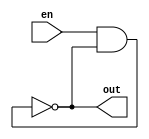
`timescale 1ns/1ns
module ring#(   
                parameter delay = 1.8,  //delay of one inverter
                parameter num = 5  //number of inverters neede 
                 )(
                 input en,
                 output out
                 );
                 
wire [num:0] line;
and  inv(line[0],en,line[num]);

genvar j;
generate for(j=0 ; j<num ; j=j+1)
  not #delay invj(line[j+1],line[j]);
endgenerate

assign out = line[num];

endmodule